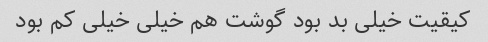
کیقیت خیلی بد بود گوشت هم خیلی خیلی کم بود